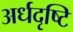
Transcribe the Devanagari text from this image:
अर्धदृष्टि